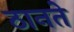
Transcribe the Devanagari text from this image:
ठानते